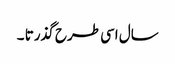
سال اسی طرح گذرتا ۔